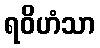
ရဝိဟံသာ